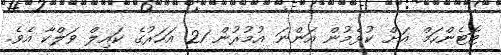
ޓޮޓެންހަމް އަށް ކުޅެމުން އަންނަ އުމުރުން 21 އަހަރުގެ ކައިލް ވަލްކާ އެވެ.